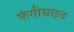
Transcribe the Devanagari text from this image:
फंगीसाइड